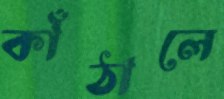
কাঁঠালে